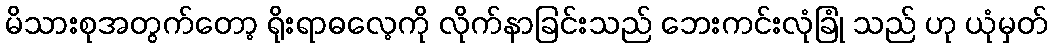
မိသားစုအတွက်တော့ ရိုးရာဓလေ့ကို လိုက်နာခြင်းသည် ဘေးကင်းလုံခြုံ သည် ဟု ယုံမှတ်